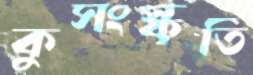
কুসংস্কৃতি